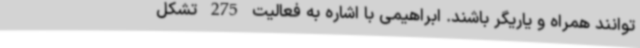
توانند همراه و یاریگر باشند. ابراهیمی با اشاره به فعالیت 275 تشکل